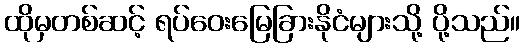
ထိုမှတစ်ဆင့် ရပ်ဝေးမြေခြားနိုငံများသို့ ပို့သည်။